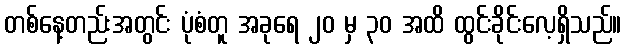
တစ်နေ့တည်းအတွင်း ပုံစံတူ အခုရေ ၂၀ မှ ၃၀ အထိ ထွင်းခိုင်းလေ့ရှိသည်။